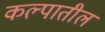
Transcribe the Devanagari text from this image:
कल्पातील